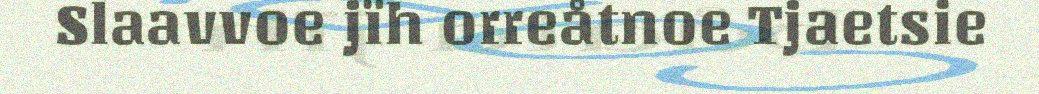
Slaavvoe jïh orreåtnoe Tjaetsie